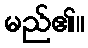
မည်၏။